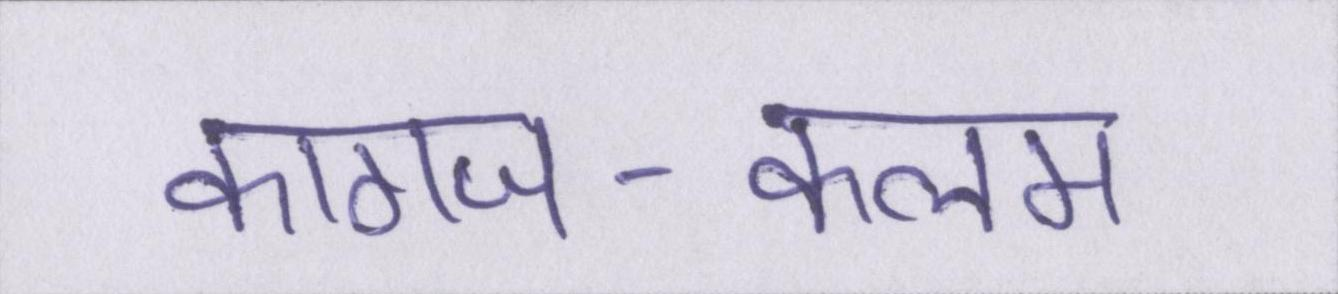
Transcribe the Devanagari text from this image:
कागज-कलम